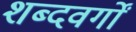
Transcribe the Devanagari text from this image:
शब्दवर्गों